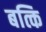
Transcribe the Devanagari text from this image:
बत्कि